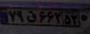
۷۹ق۶۶۲۵۳